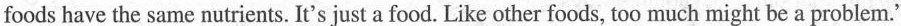
foods have the same nutrients. It's just a food. Like other foods, too much might be a problem."